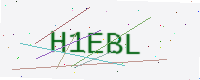
Text: H1EBL